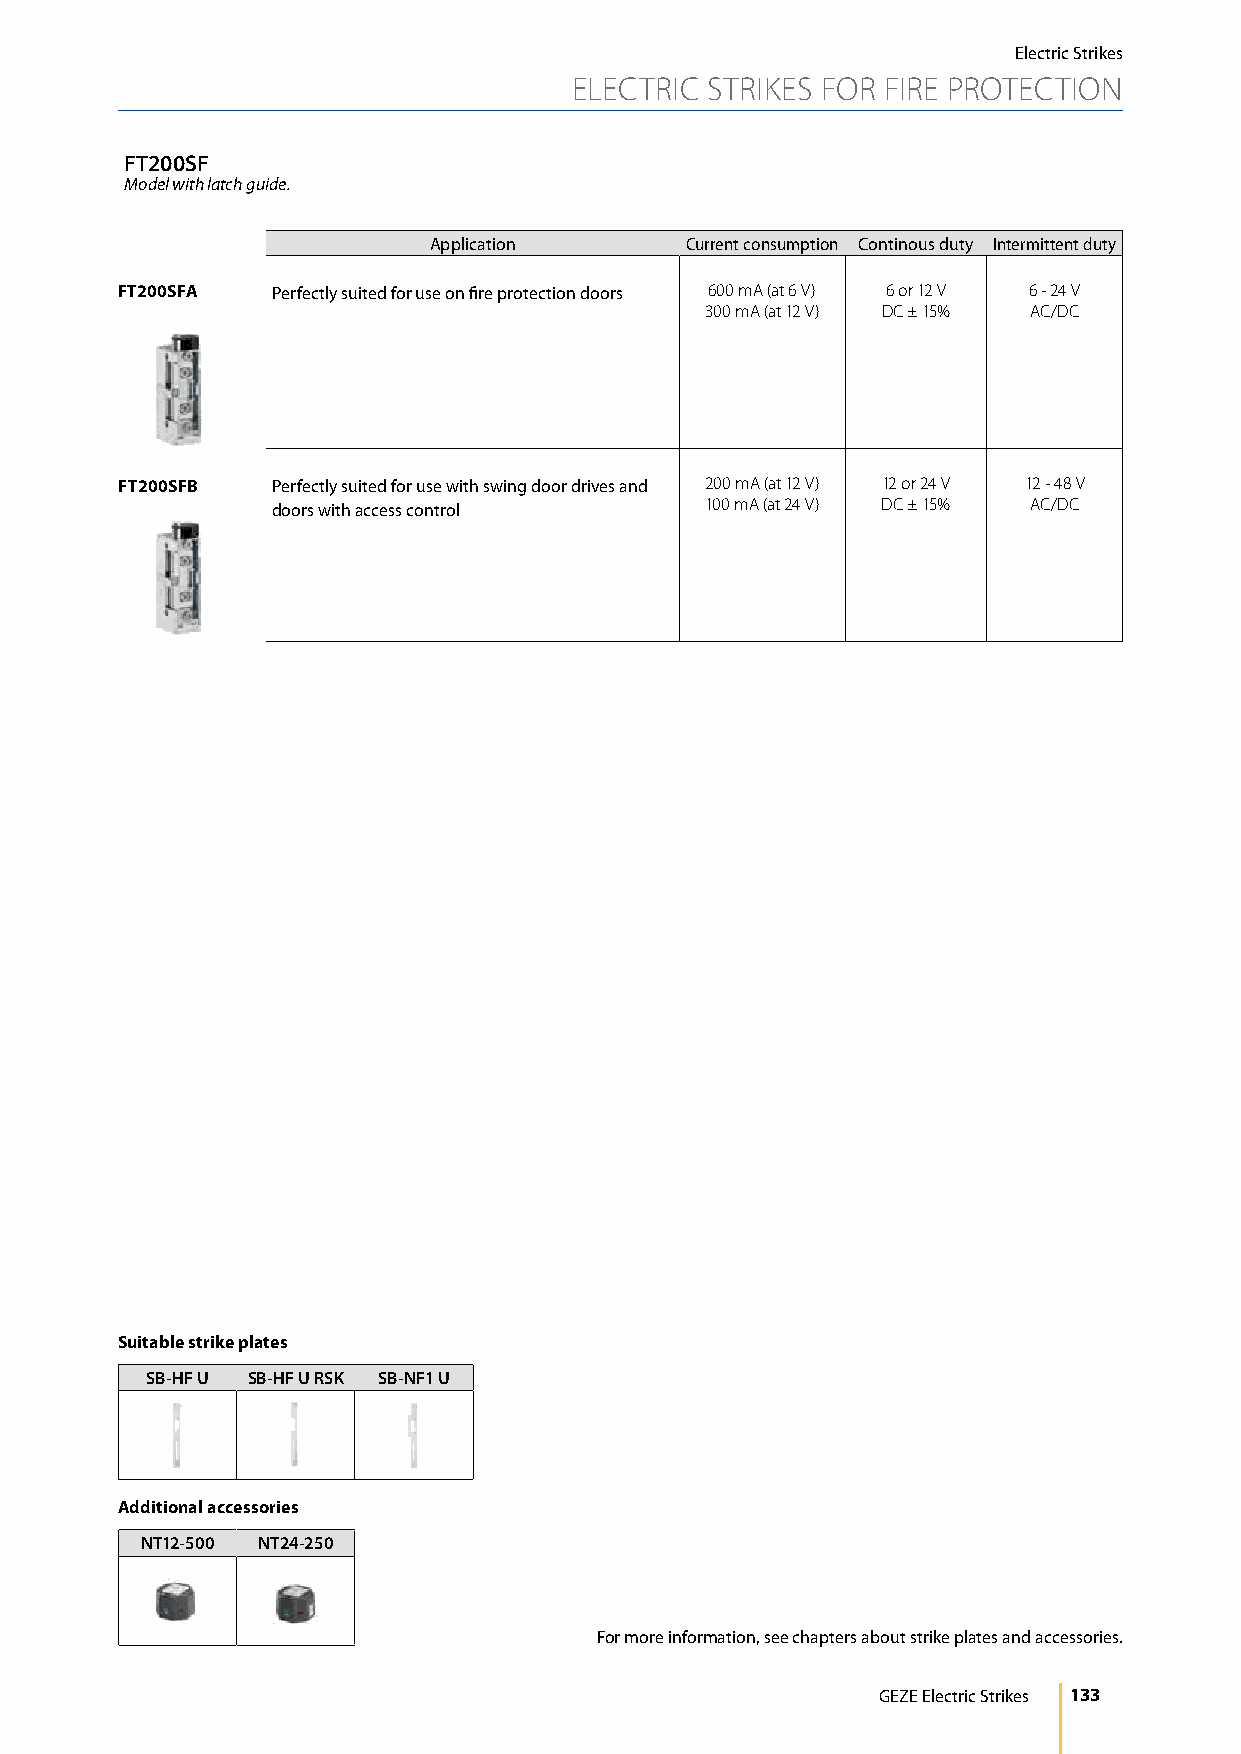
Electric Strikes
 ELECTRIC STRIKES FOR FIRE PROTECTION
 FT200SF
 Model with latch guide.
 Application      Current consumption Continous duty Intermittent duty
 FT200SFA  Perfectly suited for use on fire protection doors 600 mA (at 6 V) 6 or 12 V 6 - 24 V
 300 mA (at 12 V) DC ± 15% AC/DC
 FT200SFB  Perfectly suited for use with swing door drives and 200 mA (at 12 V) 12 or 24 V 12 - 48 V
 doors with access control    100 mA (at 24 V) DC ± 15% AC/DC
 Suitable strike plates
 SB-HF U SB-HF U RSK SB-NF1 U
 Additional accessories
 NT12-500 NT24-250
 For more information, see chapters about strike plates and accessories.
 GEZE Electric Strikes 133